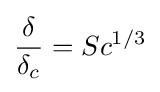
{\delta  \over \delta _{c}}=Sc^{1/3}